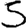
Digit: 5